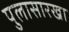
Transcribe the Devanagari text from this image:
पुलासारखा